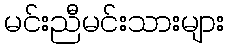
မင်းညီမင်းသားများ